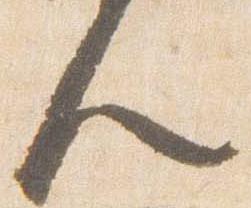
人